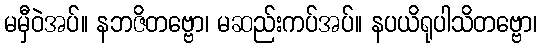
မမှီဝဲအပ်။ နဘဇိတဗ္ဗော၊ မဆည်းကပ်အပ်။ နပယိရုပါသိတဗ္ဗော၊